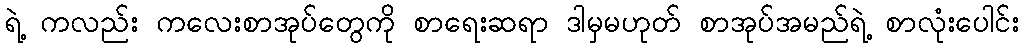
ရဲ့ ကလည်း ကလေးစာအုပ်တွေကို စာရေးဆရာ ဒါမှမဟုတ် စာအုပ်အမည်ရဲ့ စာလုံးပေါင်း